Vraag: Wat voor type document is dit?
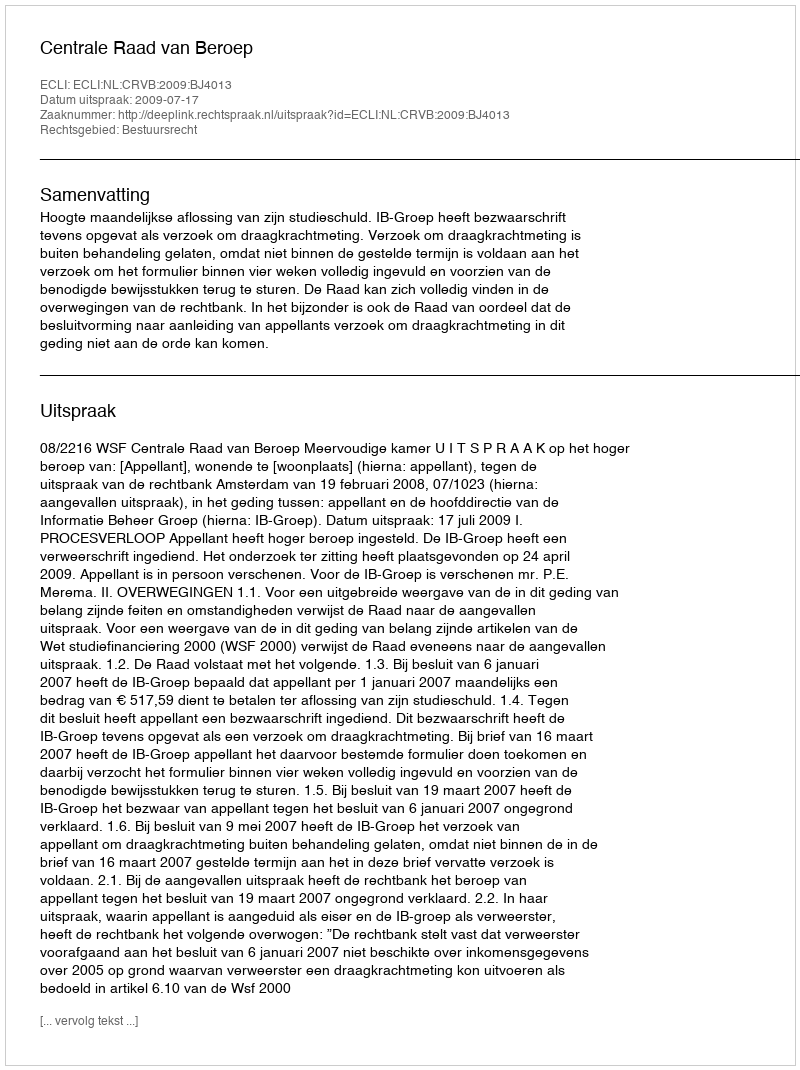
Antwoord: Uitspraak